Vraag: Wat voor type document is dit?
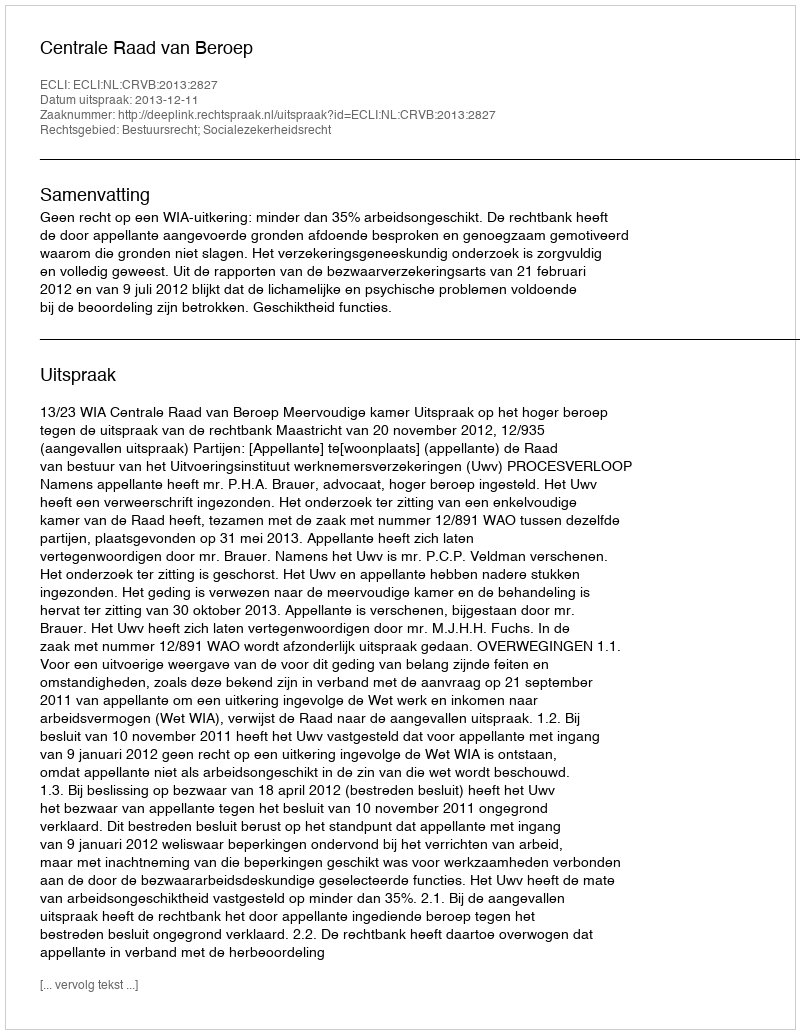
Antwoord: Uitspraak